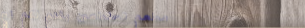
مطعم السلطعون يقدم لكم تج